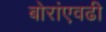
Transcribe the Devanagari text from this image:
बोरांएवढी